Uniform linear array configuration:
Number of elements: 32
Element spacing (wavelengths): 1
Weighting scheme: hann
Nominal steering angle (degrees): -60
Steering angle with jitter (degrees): -58.118
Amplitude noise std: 0.05
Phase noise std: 0.05

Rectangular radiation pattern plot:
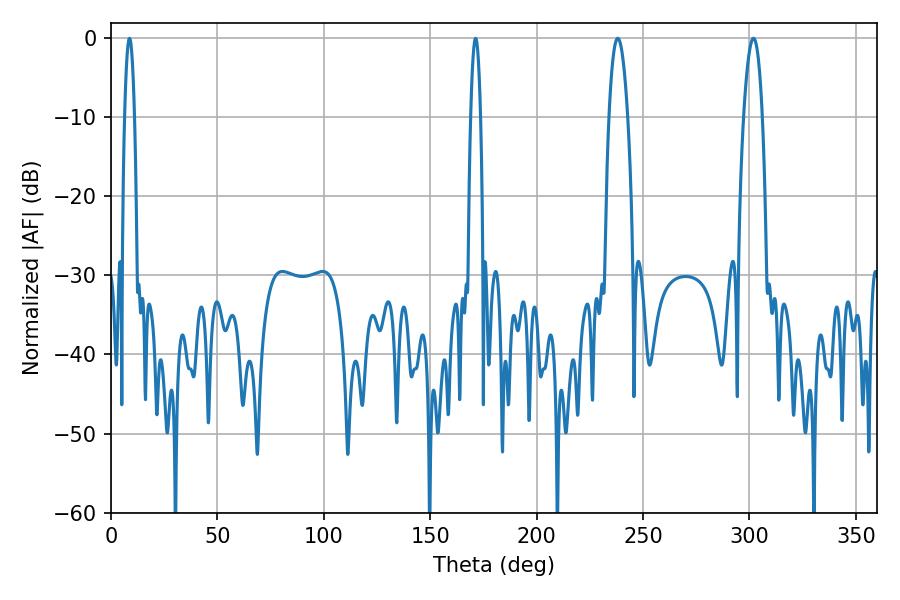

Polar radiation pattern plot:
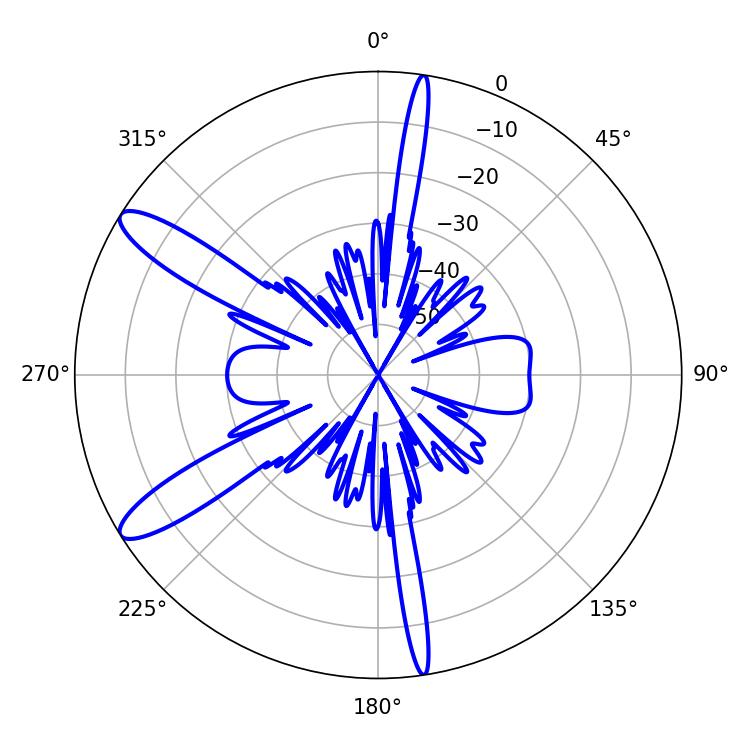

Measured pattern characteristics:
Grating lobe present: TRUE
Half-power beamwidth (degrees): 4.86
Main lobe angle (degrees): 238.14